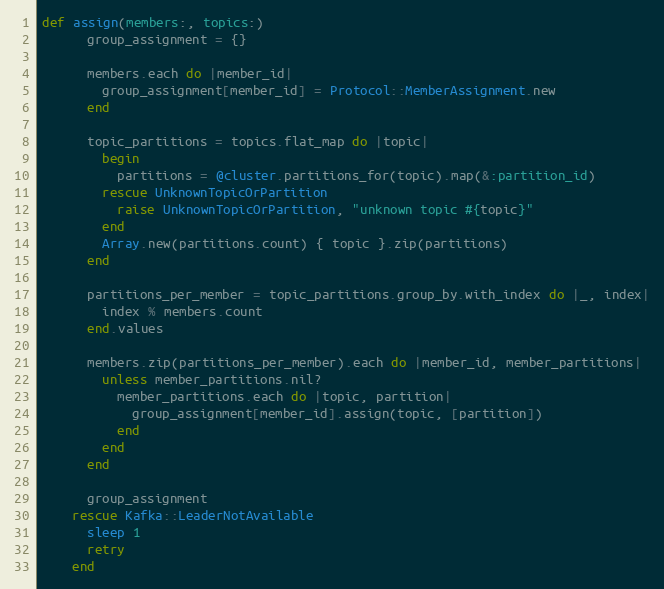
Language: Ruby
def assign(members:, topics:)
      group_assignment = {}

      members.each do |member_id|
        group_assignment[member_id] = Protocol::MemberAssignment.new
      end

      topic_partitions = topics.flat_map do |topic|
        begin
          partitions = @cluster.partitions_for(topic).map(&:partition_id)
        rescue UnknownTopicOrPartition
          raise UnknownTopicOrPartition, "unknown topic #{topic}"
        end
        Array.new(partitions.count) { topic }.zip(partitions)
      end

      partitions_per_member = topic_partitions.group_by.with_index do |_, index|
        index % members.count
      end.values

      members.zip(partitions_per_member).each do |member_id, member_partitions|
        unless member_partitions.nil?
          member_partitions.each do |topic, partition|
            group_assignment[member_id].assign(topic, [partition])
          end
        end
      end

      group_assignment
    rescue Kafka::LeaderNotAvailable
      sleep 1
      retry
    end